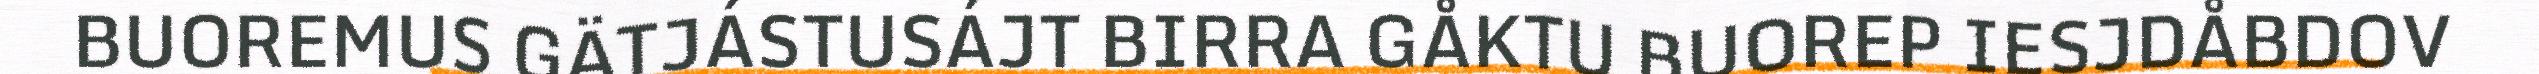
BUOREMUS GÄTJÁSTUSÁJT BIRRA GÅKTU BUOREP IESJDÅBDOV